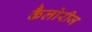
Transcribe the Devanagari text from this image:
कैलोरीज